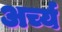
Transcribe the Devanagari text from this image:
अर्च्य